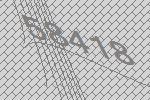
58418